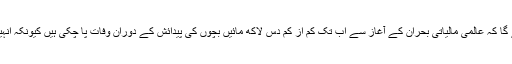
دوسری جانب دیکھنے کی کوشش کریں تو پتہ چلے گا کہ عالمی مالیاتی بحران کے آغاز سے اب تک کم از کم دس لاکھ مائیں بچوں کی پیدائش کے دوران وفات پا چکی ہیں کیونکہ انہیں مناسب خوراک اور موزوں علاج نصیب نہیں تھا۔